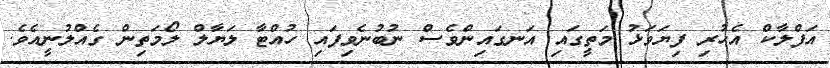
އަފްލާކް އެހުރި ފިޔަވަޅު މަތީގައި އަނގައިންވެސް ނުބުނެވިފައި ހުއްޓާ ލަޔާލް ލޯމަތިން ގެއްލުނީއެވެ.